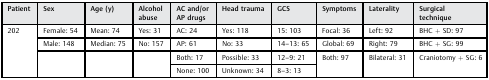
<table><thead><tr><td><b>Patient</b></td><td><b>Sex</b></td><td><b>Age (y)</b></td><td><b>Alcohol abuse</b></td><td><b>AC and/or AP drugs</b></td><td><b>Head trauma</b></td><td><b>GCS</b></td><td><b>Symptoms</b></td><td><b>Laterality</b></td><td><b>Surgical technique</b></td></tr></thead><tbody><tr><td rowspan="4">202</td><td>Female: 54</td><td>Mean: 74</td><td>Yes: 31</td><td>AC: 24</td><td>Yes: 118</td><td>15: 103</td><td>Focal: 36</td><td>Left: 92</td><td>BHC + SD: 97</td></tr><tr><td>Male: 148</td><td>Median: 75</td><td>No: 157</td><td>AP: 61</td><td>No: 33</td><td>14–13: 65</td><td>Global: 69</td><td>Right: 79</td><td>BHC + SG: 99</td></tr><tr><td rowspan="2"></td><td rowspan="2"></td><td rowspan="2"></td><td>Both: 17</td><td>Possible: 33</td><td>12–9: 21</td><td rowspan="2">Both: 97</td><td rowspan="2">Bilateral: 31</td><td rowspan="2">Craniotomy + SG: 6</td></tr><tr><td>None: 100</td><td>Unknown: 34</td><td>8–3: 13</td></tr></tbody></table>